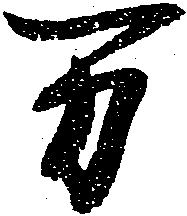
万